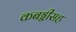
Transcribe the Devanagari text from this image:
कबड्डीसह